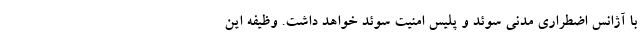
با آژانس اضطراری مدنی سوئد و پلیس امنیت سوئد خواهد داشت. وظیفه این